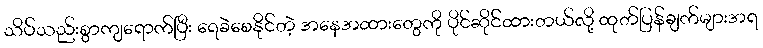
သိပ်သည်းစွာကျရောက်ပြီး ရေခဲစေနိုင်တဲ့ အနေအထားတွေကို ပိုင်ဆိုင်ထားတယ်လို့ ထုတ်ပြန်ချက်များအရ